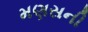
મણસની